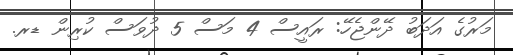
މަރުގެ އަދަބު ދޭންޖެހޭ: ރައީސް 4 މަސް 5 ދުވަސް ކުރިން ޑރ.